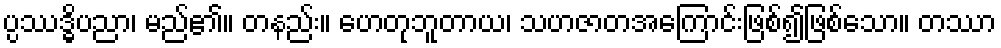
ပ္ပဿဒ္ဓိပညာ၊ မည်၏။ တနည်း။ ဟေတုဘူတာယ၊ သဟဇာတအကြောင်းဖြစ်၍ဖြစ်သော။ တဿာ